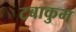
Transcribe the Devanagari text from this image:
टबाकुम